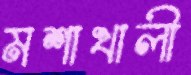
মশাখালী